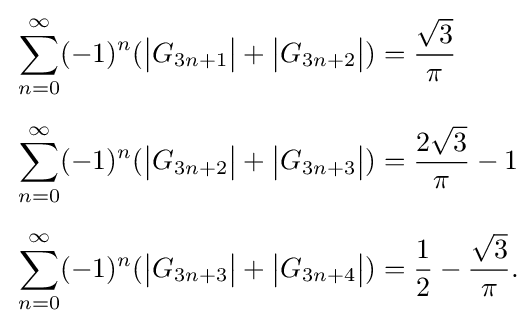
{\begin{aligned}&\sum _{n=0}^{\infty }(-1)^{n}({\big |}G_{3n+1}{\big |}+{\big |}G_{3n+2}{\big |})={\frac {\sqrt {3}}{\pi }}\\[2mm]&\sum _{n=0}^{\infty }(-1)^{n}({\big |}G_{3n+2}{\big |}+{\big |}G_{3n+3}{\big |})={\frac {2{\sqrt {3}}}{\pi }}-1\\[2mm]&\sum _{n=0}^{\infty }(-1)^{n}({\big |}G_{3n+3}{\big |}+{\big |}G_{3n+4}{\big |})={\frac {1}{2}}-{\frac {\sqrt {3}}{\pi }}.\end{aligned}}